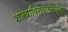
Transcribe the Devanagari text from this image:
शाखाविन्याससंयुक्त